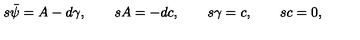
s { \bar { \psi } } = A - d { \gamma } , \quad \quad s A = - d c , \quad \quad s \gamma = c , \quad \quad s c = 0 ,